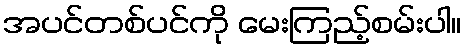
အပင်တစ်ပင်ကို မေးကြည့်စမ်းပါ။